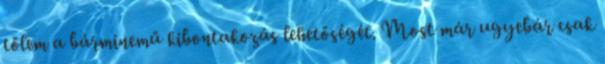
tőlem a bárminemű kibontakozás lehetőségét. Most már ugyebár csak